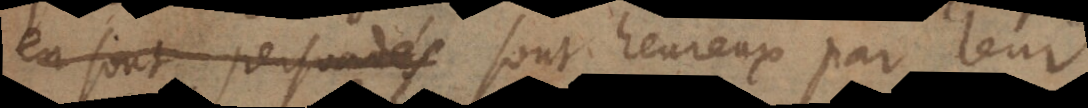
en sont persuadés sont heureux par leur